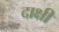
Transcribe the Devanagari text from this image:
दाक्षी